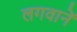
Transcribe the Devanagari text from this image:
लगवानें